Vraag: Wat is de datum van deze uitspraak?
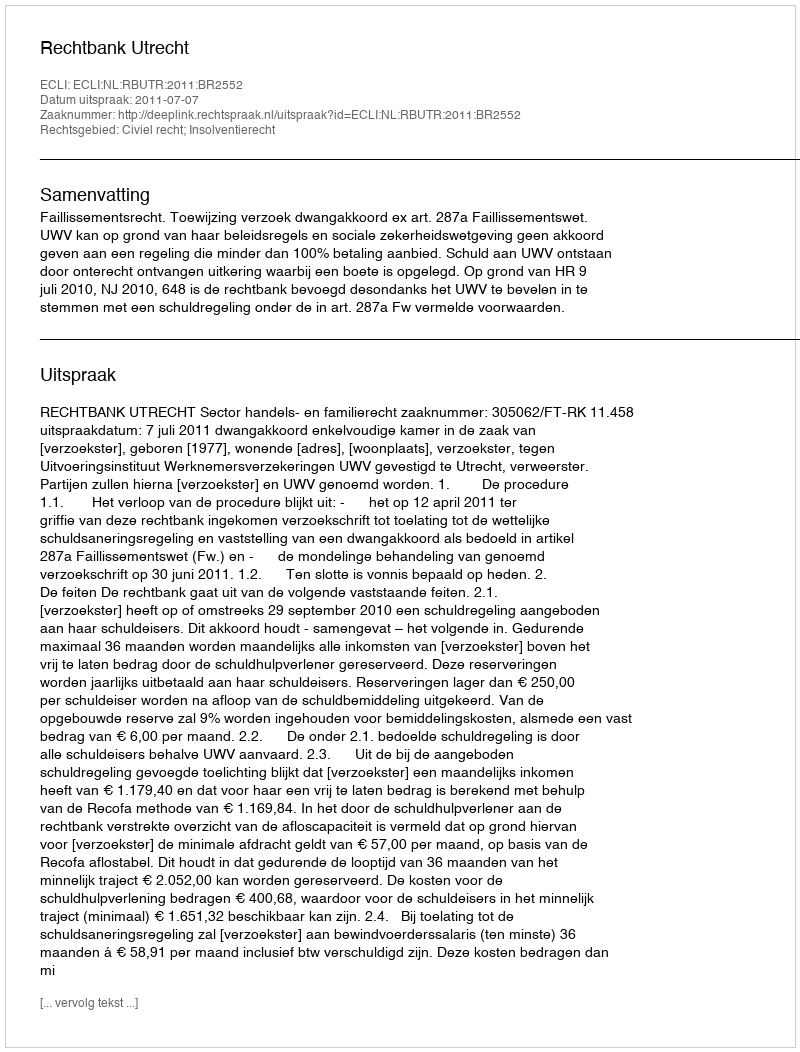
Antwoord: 2011-07-07